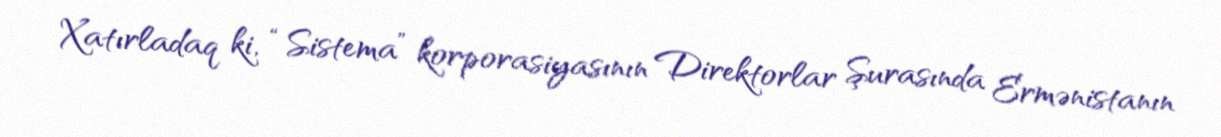
Xatırladaq ki, “Sistema” korporasiyasının Direktorlar Şurasında Ermənistanın